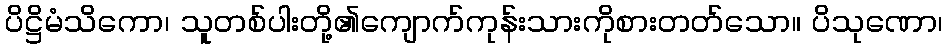
ပိဋ္ဌိမံသိကော၊ သူတစ်ပါးတို့၏ကျောက်ကုန်းသားကိုစားတတ်သော။ ပိသုဏော၊